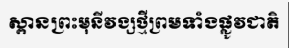
ស្ពានព្រះមុនីវង្សថ្មីព្រមទាំងផ្លូវជាតិ